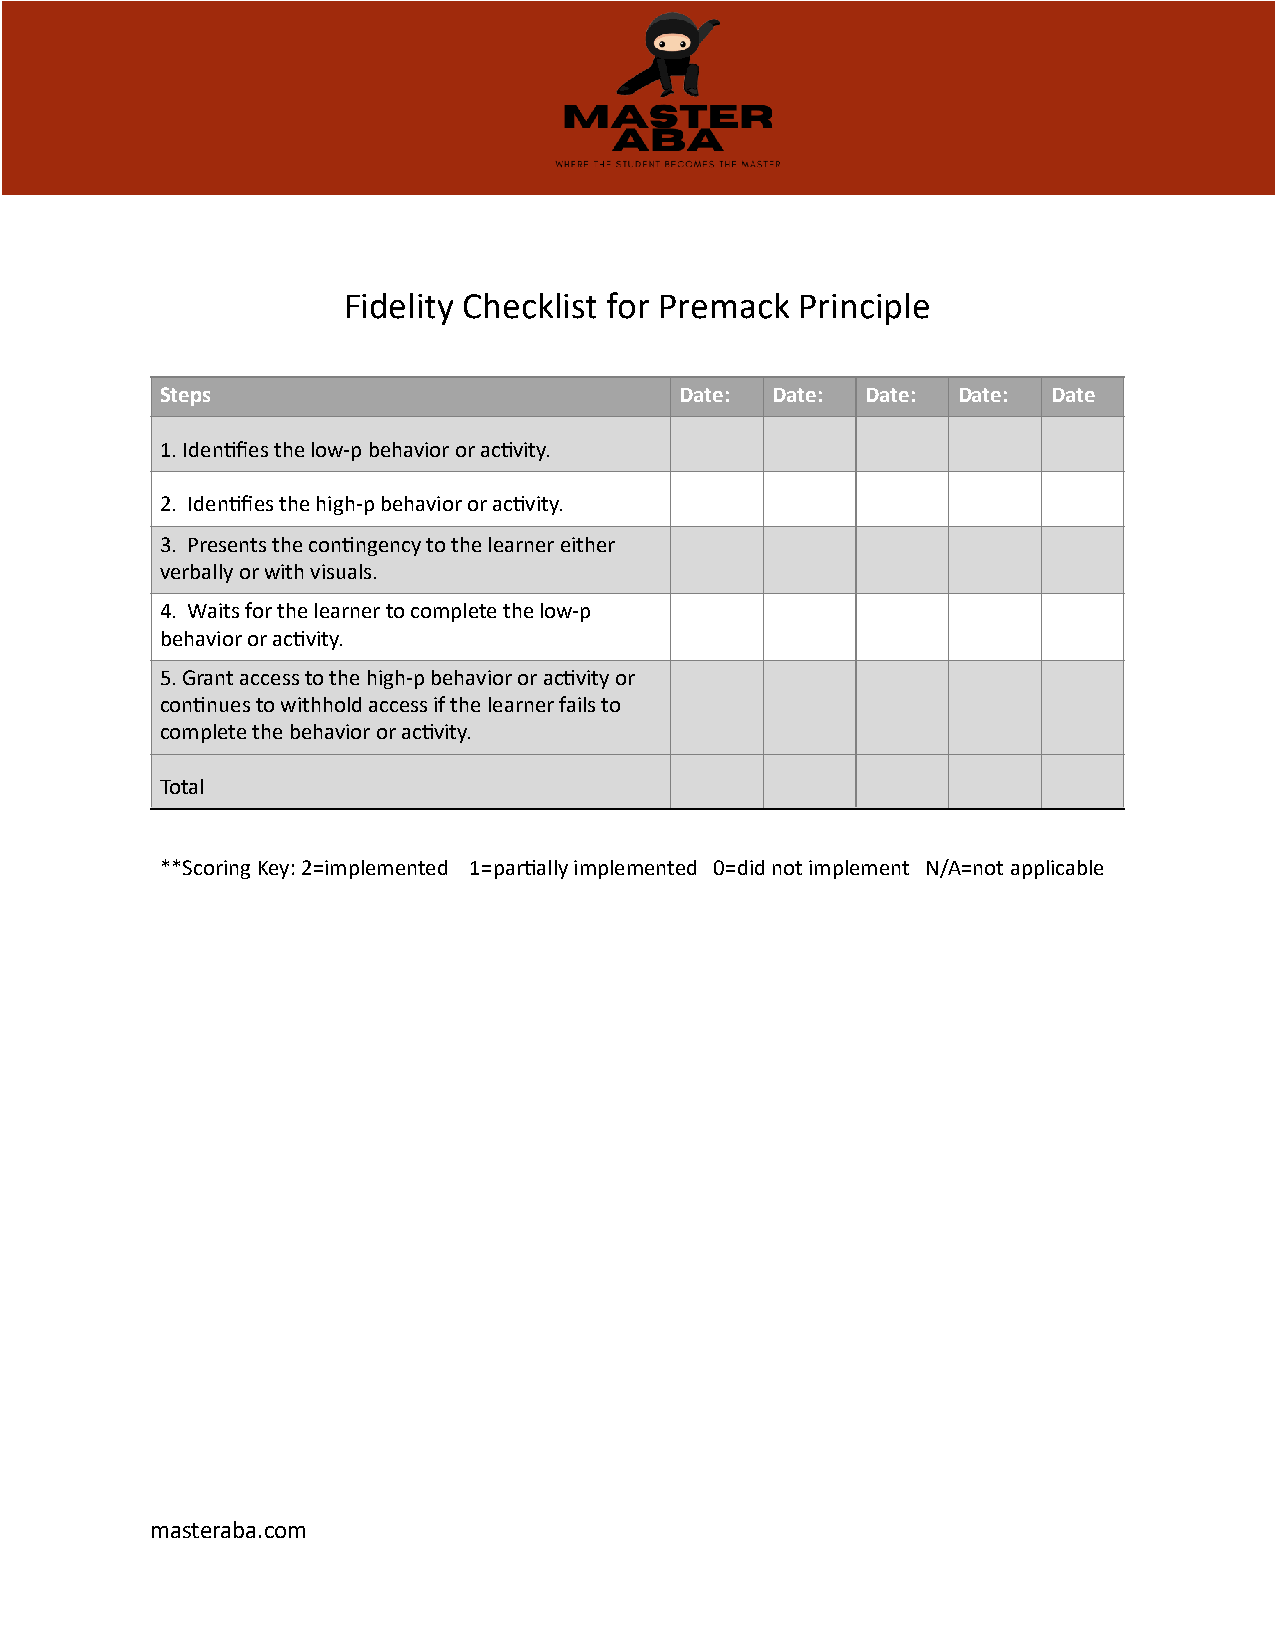
Fidelity Checklist for Premack Principle
 Steps                             Date: Date: Date: Date:  Date
 1. Iden9fies the low-p behavior or ac9vity.
 2. Iden9fies the high-p behavior or ac9vity.
 3. Presents the con9ngency to the learner either
 verbally or with visuals.
 4. Waits for the learner to complete the low-p
 behavior or ac9vity.
 5. Grant access to the high-p behavior or ac9vity or
 con9nues to withhold access if the learner fails to
 complete the behavior or ac9vity.
 Total
 **Scoring Key: 2=implemented 1=par9ally implemented 0=did not implement N/A=not applicable
 masteraba.com